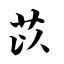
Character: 苡